Civil Veterinary Department. Central Provinces & Berar 1932-41 - 1932-1941
Year: 1932
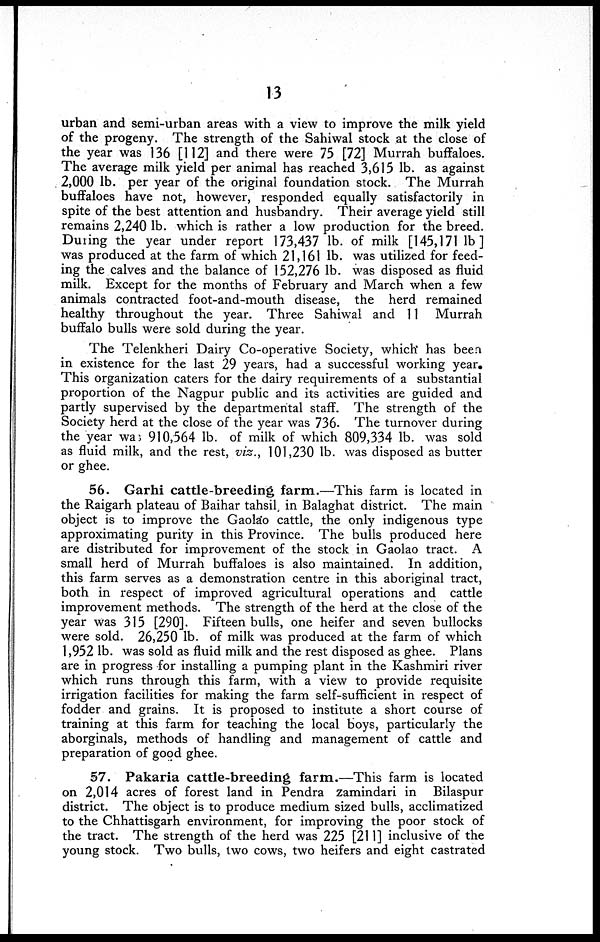
13
urban and semi-urban areas with a view to improve the milk yield
of the progeny. The strength of the Sahiwal stock at the close of
the year was 136 [112] and there were 75 [72] Murrah buffaloes.
The average milk yield per animal has reached 3,615 lb. as against
2,000 lb. per year of the original foundation stock. The Murrah
buffaloes have not, however, responded equally satisfactorily in
spite of the best attention and husbandry. Their average yield still
remains 2,240 lb. which is rather a low production for the breed.
During the year under report 173,437 lb. of milk [145,171 lb]
was produced at the farm of which 21,161 lb. was utilized for feed-
ing the calves and the balance of 152,276 lb. was disposed as fluid
milk. Except for the months of February and March when a few
animals contracted foot-and-mouth disease, the herd remained
healthy throughout the year. Three Sahiwal and 11 Murrah
buffalo bulls were sold during the year.
The Telenkheri Dairy Co-operative Society, which has been
in existence for the last 29 years, had a successful working year.
This organization caters for the dairy requirements of a substantial
proportion of the Nagpur public and its activities are guided and
partly supervised by the departmental staff. The strength of the
Society herd at the close of the year was 736. The turnover during
the year was 910,564 lb. of milk of which 809,334 lb. was sold
as fluid milk, and the rest, viz., 101,230 lb. was disposed as butter
or ghee.
56. Garhi cattle-breeding farm.—This farm is located in
the Raigarh plateau of Baihar tahsil. in Balaghat district. The main
object is to improve the Gaolao cattle, the only indigenous type
approximating purity in this Province. The bulls produced here
are distributed for improvement of the stock in Gaolao tract. A
small herd of Murrah buffaloes is also maintained. In addition,
this farm serves as a demonstration centre in this aboriginal tract,
both in respect of improved agricultural operations and cattle
improvement methods. The strength of the herd at the close of the
year was 315 [290]. Fifteen bulls, one heifer and seven bullocks
were sold. 26,250 lb. of milk was produced at the farm of which
1,952 lb. was sold as fluid milk and the rest disposed as ghee. Plans
are in progress for installing a pumping plant in the Kashmiri river
which runs through this farm, with a view to provide requisite
irrigation facilities for making the farm self-sufficient in respect of
fodder and grains. It is proposed to institute a short course of
training at this farm for teaching the local boys, particularly the
aborginals, methods of handling and management of cattle and
preparation of good ghee.
57. Pakaria cattle-breeding farm.—This farm is located
on 2,014 acres of forest land in Pendra zamindari in Bilaspur
district. The object is to produce medium sized bulls, acclimatized
to the Chhattisgarh environment, for improving the poor stock of
the tract. The strength of the herd was 225 [211] inclusive of the
young stock. Two bulls, two cows, two heifers and eight castrated